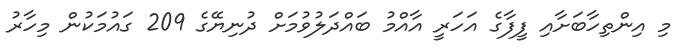
މި އިންތިހާބަށާއި ފީފާގެ އަހަރީ އާއްމު ބައްދަލުވުމަށް ދުނިޔޭގެ 209 ގައުމަކުން މިހާރު